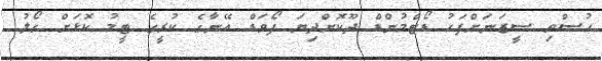
ހުސްވި ސީޒަނަށްފަހު ޑޯޓްމުންޑް ދޫކޮށްދިޔަ ފޯވަޑް އޭނާގެ ކުރީގެ ޓީމު ކޮޅަށް ގޯލު